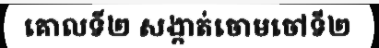
គោលទី២ សង្កាត់ចោមចៅទី២